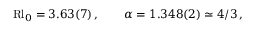
\begin{array} { r } { \mathrm { R l } _ { 0 } = 3 . 6 3 ( 7 ) \, , \qquad \alpha = 1 . 3 4 8 ( 2 ) \simeq 4 / 3 \, , } \end{array}